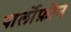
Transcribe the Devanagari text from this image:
पार्लोफ़ोन